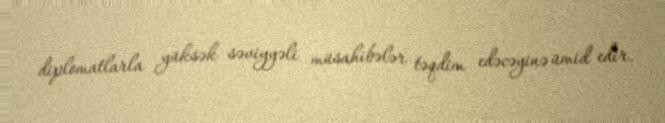
diplomatlarla yüksək səviyyəli müsahibələr təqdim edəcəyinə ümid edir.